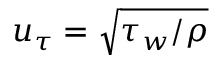
u _ { \tau } = \sqrt { \tau _ { w } / \rho }